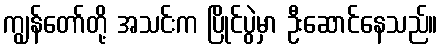
ကျွန်တော်တို့ အသင်းက ပြိုင်ပွဲမှာ ဦးဆောင်နေသည်။